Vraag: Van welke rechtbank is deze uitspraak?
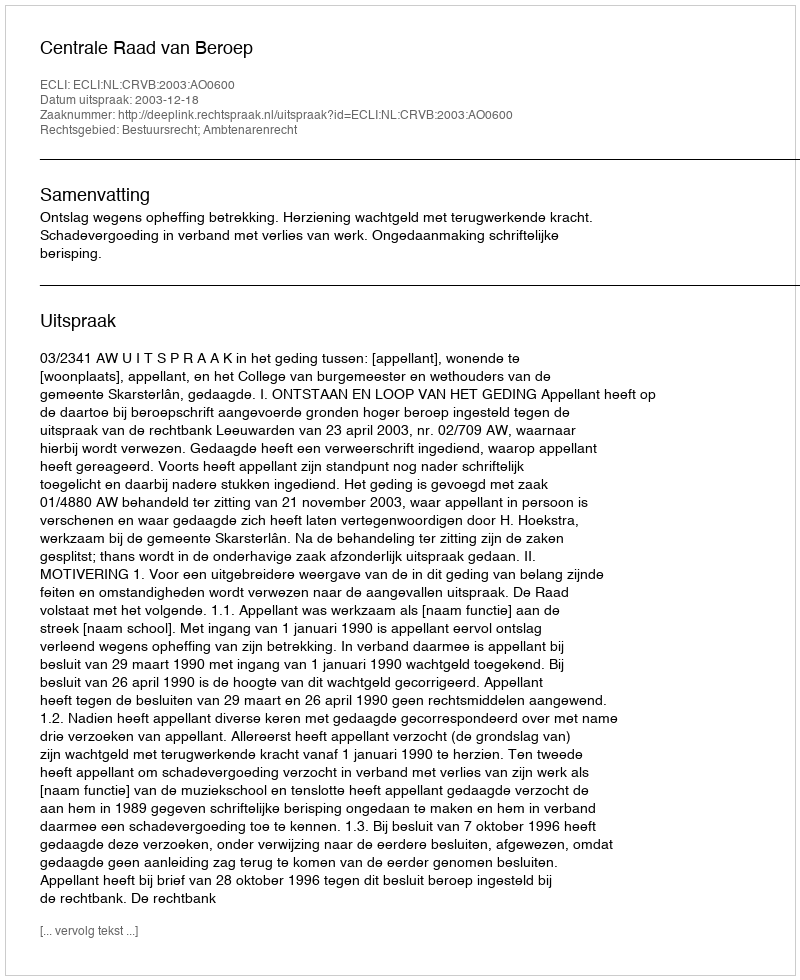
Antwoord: Centrale Raad van Beroep